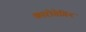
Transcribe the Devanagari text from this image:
कारोतेगिन